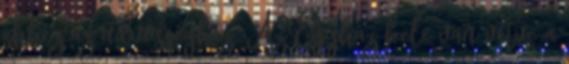
ehhez az üdvösséghez. Az Egyház bele van vetve a